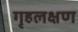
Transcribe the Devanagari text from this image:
गृहलक्षण